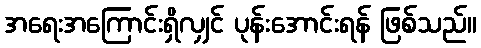
အရေးအကြောင်းရှိလျှင် ပုန်းအောင်းရန် ဖြစ်သည်။